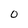
Character: 0